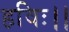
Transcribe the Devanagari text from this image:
हविः।।